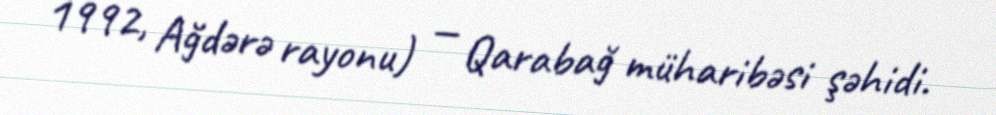
1992, Ağdərə rayonu) — Qarabağ müharibəsi şəhidi.